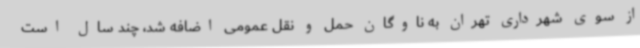
از سوی شهرداری تهران به ناوگان حمل و نقل عمومی اضافه شد، چند سال است